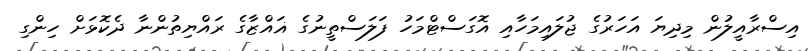
އިސްރާއީލުން މިދިޔަ އަހަރުގެ ޖުލައިމަހާއި އޮގަސްޓްމަހު ފަލަސްތީނުގެ ޣައްޒާގެ ރައްޔިތުންނާ ދެކޮޅަށް ހިންގި